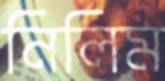
নিলিম